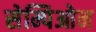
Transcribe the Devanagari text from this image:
सेम्पिओन